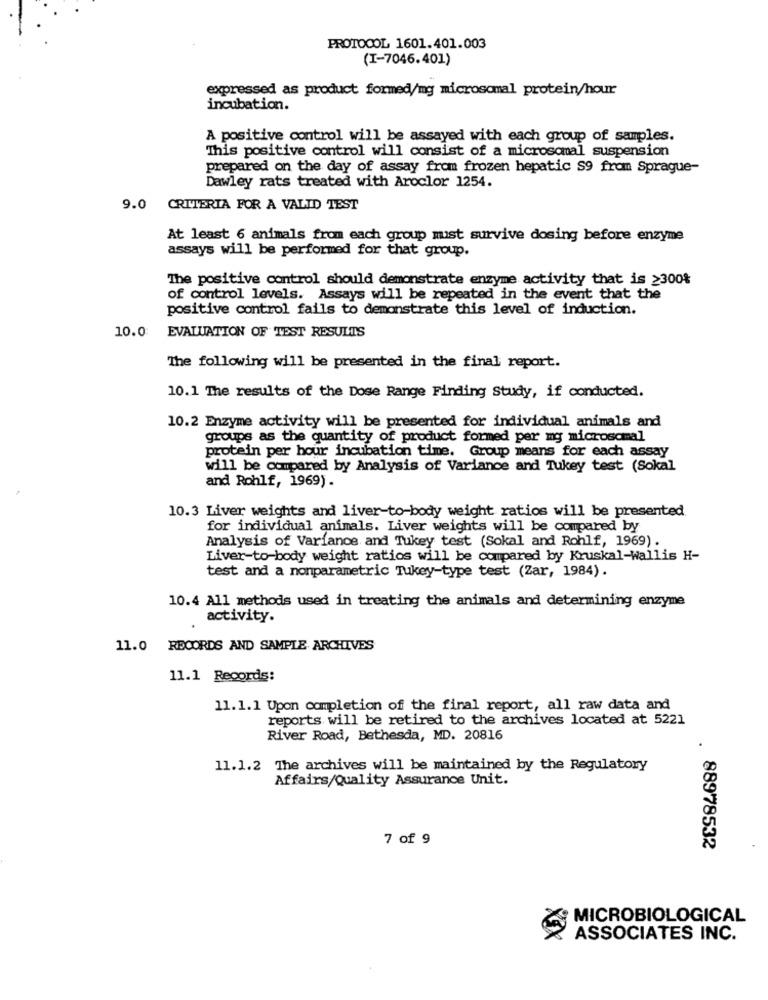
PROTOCOL 1601.401.003
(I-7046.401)
expressed as product formed/mg microsomal protein/hour
incubation.
A positive control will be assayed with each group of samples.
This positive control will consist of a microsomal suspension
prepared on the day of assay from frozen hepatic S9 from Sprague-
Dawley rats treated with Aroclor 1254.
9.0 CRITERIA FOR A VALID TEST
At least 6 animals from each group must survive dosing before enzyme
assays will be performed for that group.
The positive control should demonstrate enzyme activity that is ≥300%
of control levels. Assays will be repeated in the event that the
positive control fails to demonstrate this level of induction.
10.0 EVALUATION OF TEST RESULTS
The following will be presented in the final report.
10.1 The results of the Dose Range Finding Study, if conducted.
10.2 Enzyme activity will be presented for individual animals and
groups as the quantity of product formed per mg microsomal
protein per hour incubation time. Group means for each assay
will be compared by Analysis of Variance and Tukey test (Sokal
and Rohlf, 1969).
10.3 Liver weights and liver-to-body weight ratios will be presented.
for individual animals. Liver weights will be compared by
Analysis of Variance and Tukey test (Sokal and Rohlf, 1969).
Liver-to-body weight ratios will be compared by Kruskal-Wallis H-
test and a nonparametric Tukey-type test (Zar, 1984).
10.4 All methods used in treating the animals and determining enzyme
activity.
11.0 RECORDS AND SAMPLE ARCHIVES
11.1 Records:
11.1.1 Upon completion off the final report, all raw data and
reports will be retired to the archives located at 5221
River Road, Bethesda, MD. 20816
11.1.2 The archives will be maintained by the Regulatory
Affairs/Quality Assurance Unit.
7 of 9
. 88978532
MICROBIOLOGICAL
ASSOCIATES INC.